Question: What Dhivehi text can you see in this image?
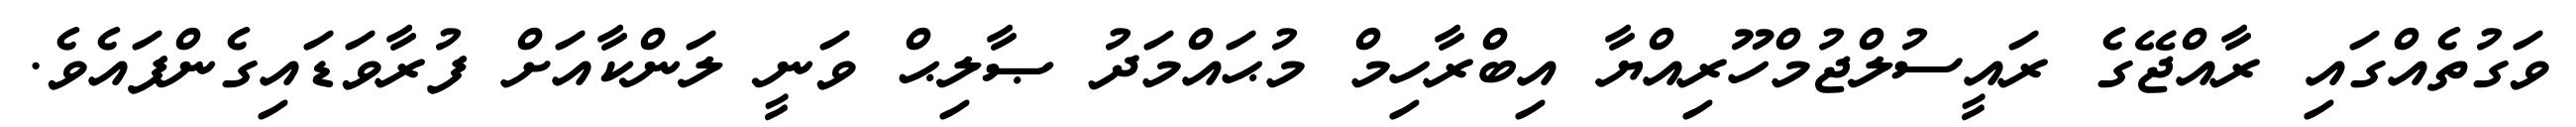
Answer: ވަގުތެއްގައި ރާއްޖޭގެ ރައީސުލްޖުމްހޫރިއްޔާ އިބްރާހިމް މުޙައްމަދު ޞާލިޙް ވަނީ ލަންކާއަށް ފުރާވަޑައިގެންފައެވެ.